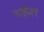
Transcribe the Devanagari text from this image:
नाईेजर